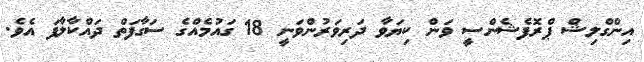
އިންގްލިޝް ޕްރޮފެޝެންސީ ވަން ކިޔަވާ ދަރިވަރުންވަނީ 18 ގައުމެއްގެ ސަގާފަތް ދައްކާލާފަ އެވެ.